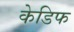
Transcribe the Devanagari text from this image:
केडिफ